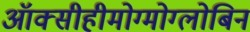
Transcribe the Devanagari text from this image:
ऑक्सीहीमोग्मोग्लोबिन